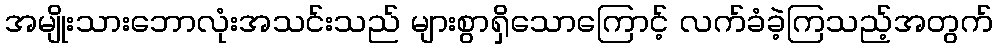
အမျိုးသားဘောလုံးအသင်းသည် များစွာရှိသောကြောင့် လက်ခံခဲ့ကြသည့်အတွက်